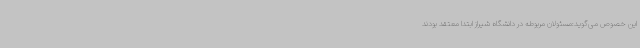
این خصوص می‌گوید:مسئولان مربوطه در دانشگاه شیراز ابتدا معتقد بودند